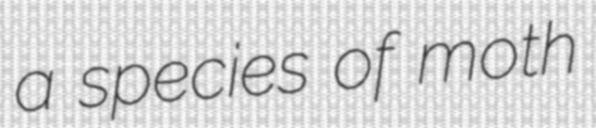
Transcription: a species of moth